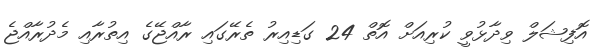
އޮފިޝަލް ވިދާޅުވީ ކުރިއަށް އޮތް 24 ގަޑިއިރު ތެރޭގައި ރާއްޖޭގެ އިތުރާއި މެދުރާއްޖެ